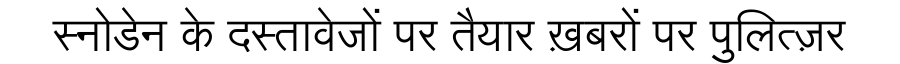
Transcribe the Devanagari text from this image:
स्नोडेन के दस्तावेजों पर तैयार ख़बरों पर पुलित्ज़र